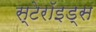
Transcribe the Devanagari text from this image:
स्टेरॉइड्स